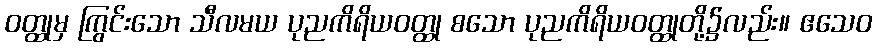
ဝတ္ထုမှ ကြွင်းသော သီလမယ ပုညကိရိယဝတ္ထု စသော ပုညကိရိယဝတ္ထုတို့၌လည်း။ ဧသေဝ